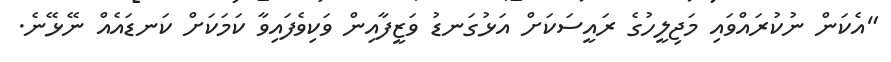
"އެކަން ނުކުރައްވައި މަޖިލީހުގެ ރައީސަކަށް އަޅުގަނޑު ވަޒީފާއިން ވަކިވެފައިވާ ކަމަކަށް ކަނޑައެއް ނޭޅޭނެ.